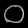
Digit: ၀